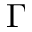
\Gamma